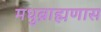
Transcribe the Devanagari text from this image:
मधुब्राह्मणास